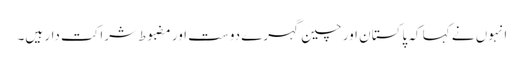
انہوں نے کہا کہ پاکستان اور چین گہرے دوست اور مضبوط شراکت دار ہیں۔